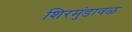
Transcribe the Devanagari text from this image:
शिरमुंडावळ